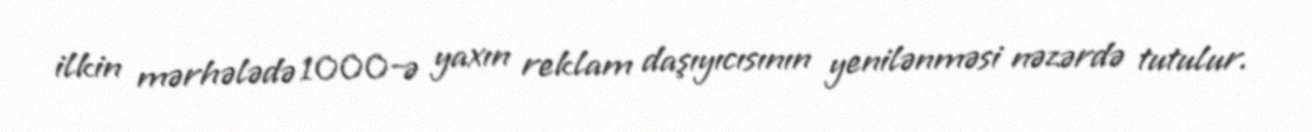
ilkin mərhələdə 1000-ə yaxın reklam daşıyıcısının yenilənməsi nəzərdə tutulur.